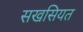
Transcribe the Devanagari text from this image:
सखसियत